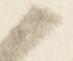
候